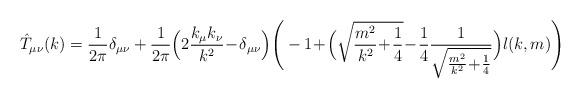
LaTeX: \begin{align*}\hat{T}_{\mu \nu} (k) = \frac{1}{2\pi} \delta_{\mu \nu}+\frac{1}{2\pi}\Big( 2 \frac{k_\mu k_\nu}{k^2}\!-\!\delta_{\mu \nu} \Big)\Bigg(-1\!+\!\Big(\sqrt{\frac{m^2}{k^2}\!+\!\frac{1}{4}}\!-\!\frac{1}{4}\frac{1}{\sqrt{\frac{m^2}{k^2}\!+\!\frac{1}{4}}} \Big) l(k,m) \Bigg)\end{align*}